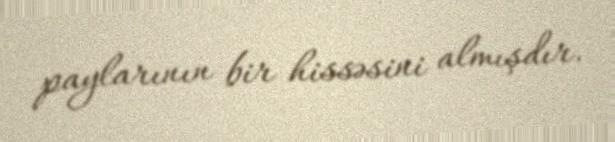
paylarının bir hissəsini almışdır.